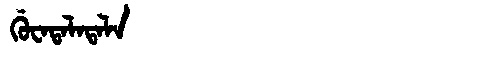
Manchu: ᡤᡠᠸᠠᡨᠠᠯᠠᡨᠠᠯᠠ
Romanization: GUWATALATALA